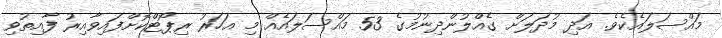
މައްސަލައެކެވެ. އަދި މުދަލަށް ގެއްލުންދިނުމުގެ 53 މައްސަލައެއް މި އަހަރު ރިޕޯޓްކޮށްފައިވާއިރު ފާއިތުވި